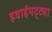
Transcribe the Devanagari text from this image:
हवाईपट्ट्या